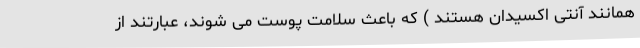
همانند آنتی اکسیدان هستند ) که باعث سلامت پوست می شوند، عبارتند از